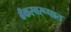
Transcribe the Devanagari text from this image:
बँकस्वरूपात